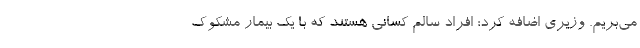
می‌بریم. وزیری اضافه کرد: افراد سالم کسانی هستند که با یک بیمار مشکوک